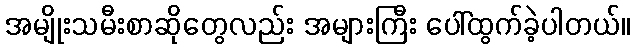
အမျိုးသမီးစာဆိုတွေလည်း အများကြီး ပေါ်ထွက်ခဲ့ပါတယ်။